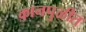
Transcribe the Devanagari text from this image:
कानपुळीत